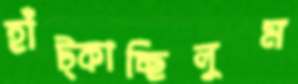
হাঁট্‌কাচ্ছিলুম